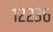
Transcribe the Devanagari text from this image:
१२२३६